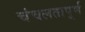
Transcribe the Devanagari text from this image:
चंचलतापूर्ण